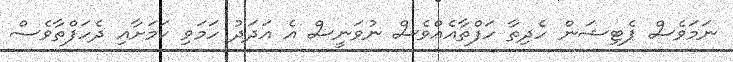
ނަމަވެސް ޕެޓިޝަން ހެދިތާ ހަފްތާއެއްވެސް ނުވަނީސް އެ އަދަދު ހަމަވި ކަމަށާއި ދެހަފްތާވެސް